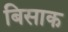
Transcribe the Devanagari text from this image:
बिसाक